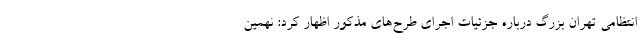
انتظامی تهران بزرگ درباره جزئیات اجرای طرح‌های مذکور اظهار کرد: نهمین